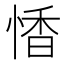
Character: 𪬏